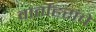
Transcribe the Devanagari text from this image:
वार्ताहरांचे